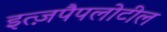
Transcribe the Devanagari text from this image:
इत्ज़पैपलोटील